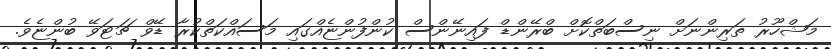
މަޝްހޫރު ތަރިންނަށް ނިސްބަތްކޮށް ބްރޭންޑް ފައިނޭންސް ކުންފުންޏެއްގައި މަސައްކަތްކުރާ ޑޭވް ޗަޓަވޭ ބުންޏެވެ.